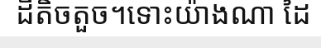
ដីតិចតួច។ទោះយ៉ាងណា ដៃ